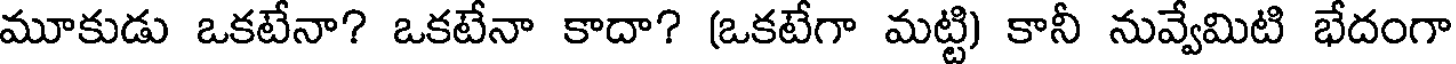
మూకుడు ఒకటేనా? ఒకటేనా కాదా? (ఒకటేగా మట్టి) కానీ నువ్వేమిటి భేదంగా